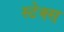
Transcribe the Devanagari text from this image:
स्टेक्स